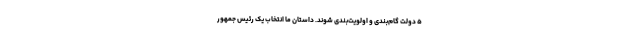
۵ دولت گام‌بندی و اولویت‌بندی شوند. داستان ما انتخاب یک رئیس جمهور